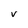
Character: v